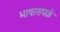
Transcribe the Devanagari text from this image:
भाषासंपर्क